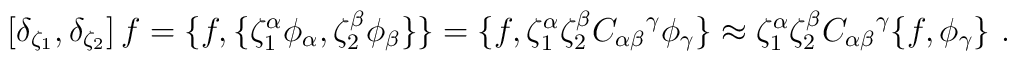
\left[\delta_{\zeta_1},\delta_{\zeta_2}\right]f=\{f,\{\zeta^\alpha_1\phi_\alpha,\zeta^\beta_2\phi_\beta\}\}=\{f,\zeta^\alpha_1\zeta^\beta_2{C_{\alpha\beta}}^\gamma\phi_\gamma\}\approx\zeta^\alpha_1\zeta^\beta_2{C_{\alpha\beta}}^\gamma\{f,\phi_\gamma\}\ .